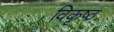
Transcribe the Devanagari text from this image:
विकृष्ठ